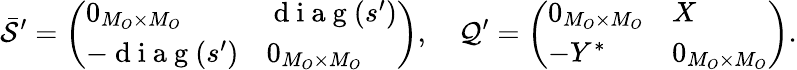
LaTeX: \bar{\mathcal{S}}^{\prime}=\left(\begin{array}{ll}{0_{M_{O}\times M_{O}}}&{\mathrm{~d~i~a~g~}(s^{\prime})}\\ {-\mathrm{~d~i~a~g~}(s^{\prime})}&{0_{M_{O}\times M_{O}}}\end{array}\right),\quad\mathcal{Q}^{\prime}=\left(\begin{array}{ll}{0_{M_{O}\times M_{O}}}&{X}\\ {-Y^{*}}&{0_{M_{O}\times M_{O}}}\end{array}\right).